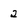
Character: 2